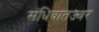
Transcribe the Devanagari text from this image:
संधिवातज्वर